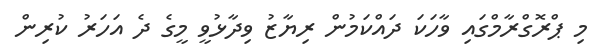
މި ޕްރޮގްރާމްގައި ވާހަކަ ދައްކަމުން ރިޔާޒު ވިދާޅުވީ މީގެ ދެ އަހަރު ކުރިން